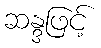
ဆန္ဒဖြင့်